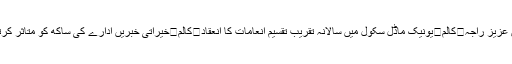
/عرفان عزیز راجہ	کالم	یونیک ماڈل سکول میں سالانہ تقریب تقسیم انعامات کا انعقاد	کالم	خیراتی خبریں ادارے کی ساکھ کو متاثر کرتی ہیں؟